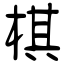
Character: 棋